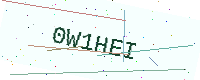
Text: 0W1HEI